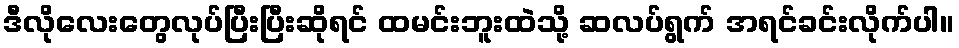
ဒီလိုလေးတွေလုပ်ပြီးပြီးဆိုရင် ထမင်းဘူးထဲသို့ ဆလပ်ရွက် အရင်ခင်းလိုက်ပါ။